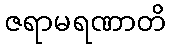
ဇရာမရဏာတိ